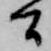
間